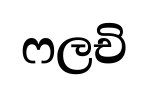
ෆලචි